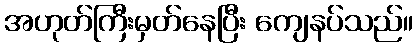
အဟုတ်ကြီးမှတ်နေပြီး ကျေနပ်သည်။